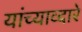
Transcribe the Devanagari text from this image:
यांच्याव्दारे